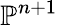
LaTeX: \mathbb{P}^{n+1}